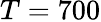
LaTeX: T=700